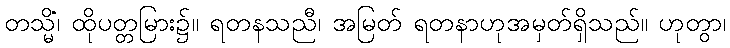
တသ္မိံ၊ ထိုပတ္တမြား၌။ ရတနသညီ၊ အမြတ် ရတနာဟုအမှတ်ရှိသည်။ ဟုတွာ၊